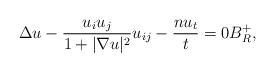
LaTeX: \begin{align*}\Delta u - \frac{u_i u_j}{1+|\nabla u|^2}u_{ij}-\frac{n u_{t}}{t}=0 B_R^+,\end{align*}